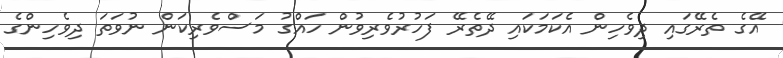
އޭގެ ތެރޭގައި ދިވެހިން އެކަމަކައި ދޭތެރޭ ފަހުރުވެރިވުން ހައްގު މަސްވެރިކަން ނުވަތަ ދިވެހިންގެ